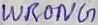
Text: WRONG